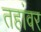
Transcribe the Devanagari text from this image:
तहांवर